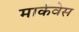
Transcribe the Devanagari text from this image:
मार्कवेस